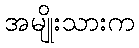
အမျိုးသားက